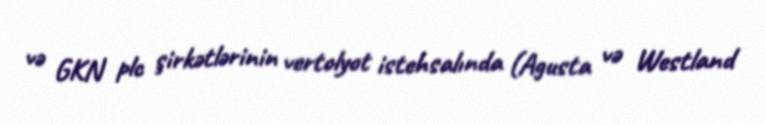
və GKN plc şirkətlərinin vertolyot istehsalında (Agusta və Westland